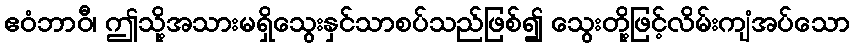
ဧဝံဘာဝီ၊ ဤသို့အသားမရှိသွေးနှင်သာစပ်သည်ဖြစ်၍ သွေးတို့ဖြင့်လိမ်းကျံအပ်သော